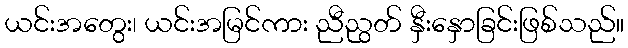
ယင်းအတွေး၊ ယင်းအမြင်ကား ညီညွတ် နှီးနှောခြင်းဖြစ်သည်။